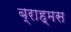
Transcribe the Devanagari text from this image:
ब्राह्मस